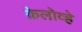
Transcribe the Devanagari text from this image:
क्रेलोव्हे